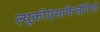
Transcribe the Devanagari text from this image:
ल्यूकोएंसाफेलोपैथी